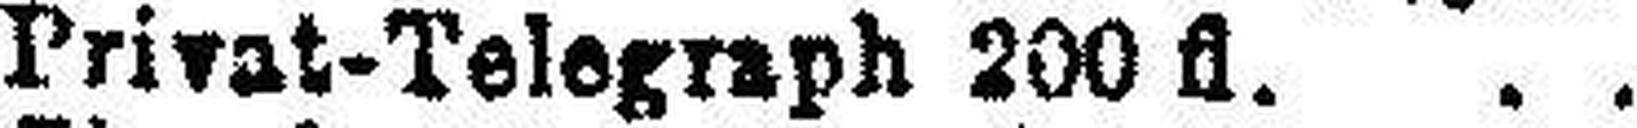
„ Privat-Telegraph 200 fl.